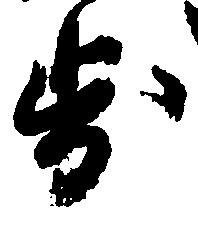
歩